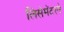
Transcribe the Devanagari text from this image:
लिसेमॅटरने